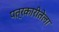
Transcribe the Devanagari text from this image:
पत्रकारीतेला